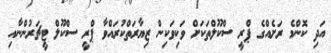
އަދި ކޮންމެ ރަށެއްގެ ޕްރީ ސްކޫލްތަކަށް ވަކިވަކިން ޒިޔާރަތްކުރައްވާ ޕްރީ ސްކޫލް ޓީޗަރުންނާއި